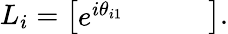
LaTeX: L_{i}=\left[\begin{array}{llll}{e^{i\theta_{i1}}}&{}&{}&{}\end{array}\right].